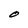
Character: O